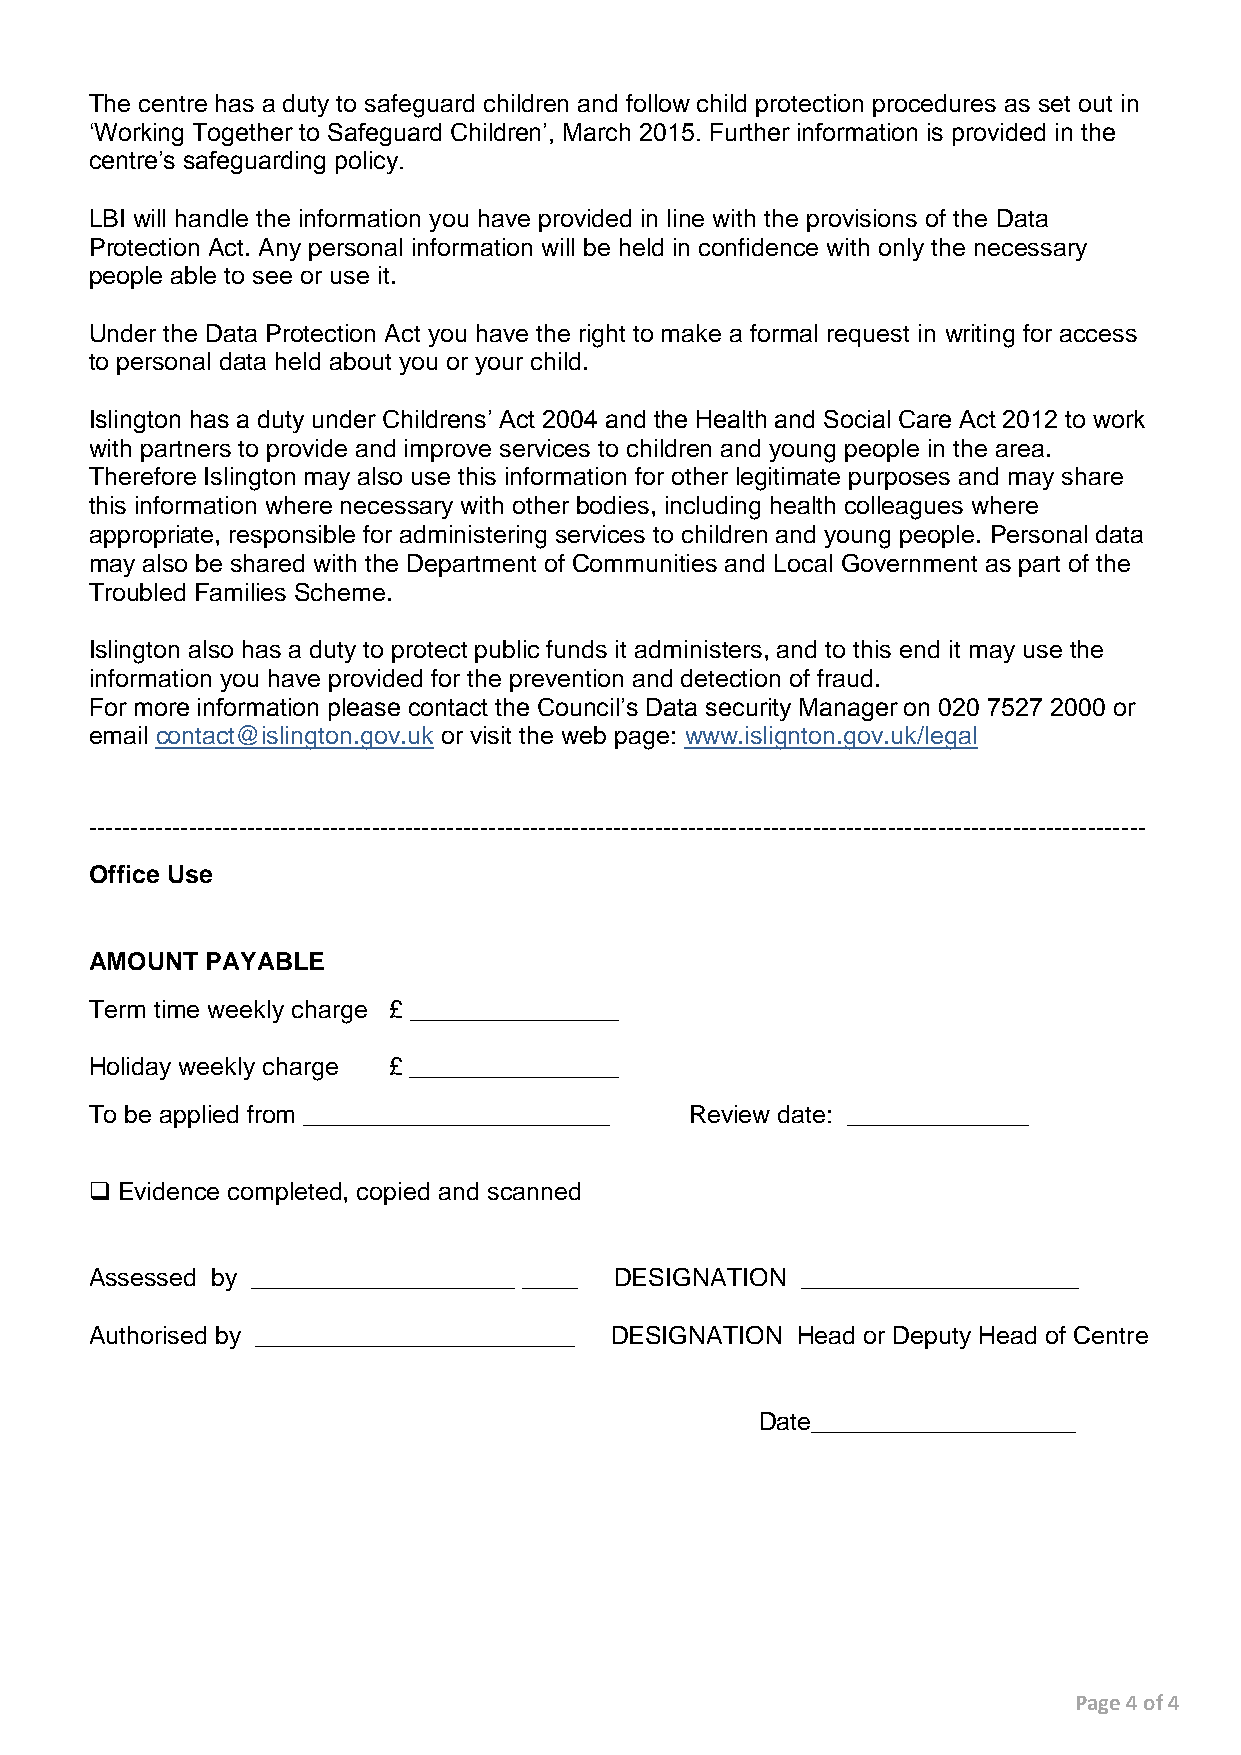
The centre has a duty to safeguard children and follow child protection procedures as set out in
 ‘Working Together to Safeguard Children’, March 2015. Further information is provided in the
 centre’s safeguarding policy.
 LBI will handle the information you have provided in line with the provisions of the Data
 Protection Act. Any personal information will be held in confidence with only the necessary
 people able to see or use it.
 Under the Data Protection Act you have the right to make a formal request in writing for access
 to personal data held about you or your child.
 Islington has a duty under Childrens’ Act 2004 and the Health and Social Care Act 2012 to work
 with partners to provide and improve services to children and young people in the area.
 Therefore Islington may also use this information for other legitimate purposes and may share
 this information where necessary with other bodies, including health colleagues where
 appropriate, responsible for administering services to children and young people. Personal data
 may also be shared with the Department of Communities and Local Government as part of the
 Troubled Families Scheme.
 Islington also has a duty to protect public funds it administers, and to this end it may use the
 information you have provided for the prevention and detection of fraud.
 For more information please contact the Council’s Data security Manager on 020 7527 2000 or
 email contact@islington.gov.uk or visit the web page: www.islignton.gov.uk/legal
 -------------------------------------------------------------------------------------------------------------------------------
 Office Use
 AMOUNT  PAYABLE
 Term time weekly charge £ _______________
 Holiday weekly charge £ _______________
 To be applied from ______________________ Review date: _____________
  Evidence completed, copied and scanned
 Assessed by ___________________ ____ DESIGNATION ____________________
 Authorised by _______________________ DESIGNATION Head or Deputy Head of Centre
 Date___________________
 Page 4 of 4